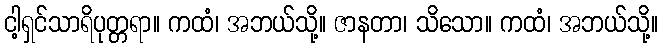
ငါ့ရှင်သာရိပုတ္တရာ။ ကထံ၊ အဘယ်သို့။ ဇာနတာ၊ သိသော။ ကထံ၊ အဘယ်သို့။